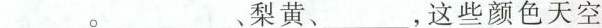
___。___、梨黄、___，这些颜色天空